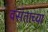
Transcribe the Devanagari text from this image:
वसंताच्या